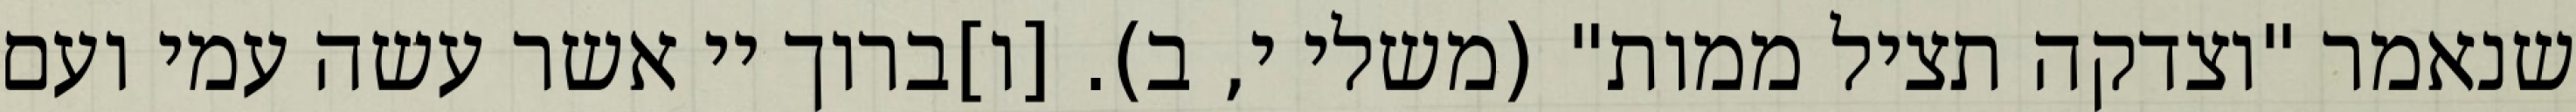
שנאמר "וצדקה תציל ממות" (משלי י, ב). [ו]ברוך יי אשר עשה עמי ועם